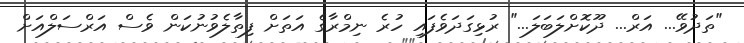
"ތަދުވޭ... އަރް... ދޫކޮށްލަބަލަ..." ރުޅިގަދަވެފައި ހުރެ ނިމްރާގެ އަތަށް ފިތާލެވުނުކަން ވެސް އަރްސަލްއަށް